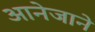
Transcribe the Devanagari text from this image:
आनेजाने